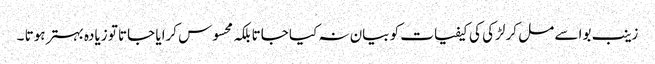
زینب بوا سے مل کر لڑکی کی کیفیات کو بیان نہ کیا جاتا بلکہ محسوس کرایا جاتا تو زیادہ بہتر ہوتا ۔